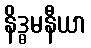
နိဒ္ဓမနီယာ